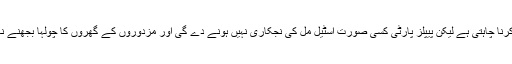
انہو ں نے کہا کہ مسلم لیگ (ن) اسٹیل مل کو فروخت کر کے مزدوروں کو بے روزگار کرنا چاہتی ہے لیکن پیپلز پارٹی کسی صورت اسٹیل مل کی نجکاری نہیں ہونے دے گی اور مزدوروں کے گھروں کا چولہا بجھنے نہیں دے گی اس موقع پر انہوں نے جلسے کے شرکاء سے گو نواز گو کے نعرے لگوائے۔